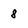
Character: 8